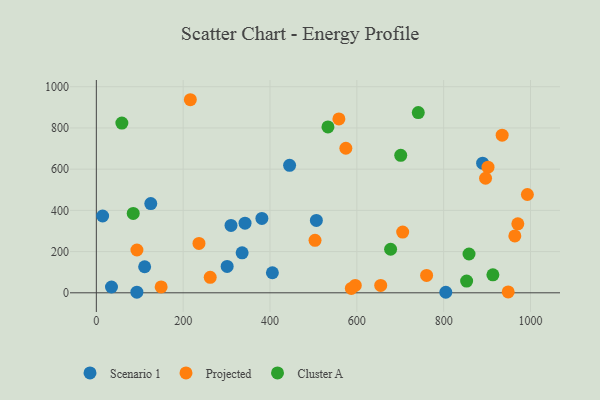
{"axis": {"x": "Study Hours", "y": "Demand"}, "legend": ["Cluster A", "Projected", "Scenario 1"], "data": [{"x": "889.7", "y": 629.2, "type": "Scenario 1"}, {"x": "381.3", "y": 361.2, "type": "Scenario 1"}, {"x": "93.4", "y": 3.0, "type": "Scenario 1"}, {"x": "405.5", "y": 97.4, "type": "Scenario 1"}, {"x": "506.8", "y": 351.5, "type": "Scenario 1"}, {"x": "310.2", "y": 327.1, "type": "Scenario 1"}, {"x": "335.8", "y": 194.2, "type": "Scenario 1"}, {"x": "111.3", "y": 126.4, "type": "Scenario 1"}, {"x": "34.9", "y": 28.3, "type": "Scenario 1"}, {"x": "14.5", "y": 372.8, "type": "Scenario 1"}, {"x": "804.9", "y": 2.6, "type": "Scenario 1"}, {"x": "125.4", "y": 432.9, "type": "Scenario 1"}, {"x": "301.3", "y": 128.2, "type": "Scenario 1"}, {"x": "445.1", "y": 618.7, "type": "Scenario 1"}, {"x": "342.5", "y": 338.0, "type": "Scenario 1"}, {"x": "93.5", "y": 207.7, "type": "Projected"}, {"x": "934.7", "y": 765.2, "type": "Projected"}, {"x": "262.3", "y": 75.0, "type": "Projected"}, {"x": "596.4", "y": 35.9, "type": "Projected"}, {"x": "558.7", "y": 843.9, "type": "Projected"}, {"x": "948.6", "y": 4.4, "type": "Projected"}, {"x": "970.8", "y": 334.6, "type": "Projected"}, {"x": "587.3", "y": 21.3, "type": "Projected"}, {"x": "236.4", "y": 239.6, "type": "Projected"}, {"x": "963.9", "y": 276.2, "type": "Projected"}, {"x": "216.5", "y": 937.1, "type": "Projected"}, {"x": "503.7", "y": 254.9, "type": "Projected"}, {"x": "574.7", "y": 701.5, "type": "Projected"}, {"x": "992.8", "y": 477.1, "type": "Projected"}, {"x": "902.1", "y": 609.7, "type": "Projected"}, {"x": "655.0", "y": 36.0, "type": "Projected"}, {"x": "705.6", "y": 294.8, "type": "Projected"}, {"x": "760.7", "y": 84.4, "type": "Projected"}, {"x": "896.5", "y": 555.9, "type": "Projected"}, {"x": "149.3", "y": 28.7, "type": "Projected"}, {"x": "913.4", "y": 87.4, "type": "Cluster A"}, {"x": "58.8", "y": 824.0, "type": "Cluster A"}, {"x": "741.5", "y": 874.7, "type": "Cluster A"}, {"x": "533.5", "y": 805.3, "type": "Cluster A"}, {"x": "858.4", "y": 188.3, "type": "Cluster A"}, {"x": "85.0", "y": 385.1, "type": "Cluster A"}, {"x": "852.9", "y": 56.9, "type": "Cluster A"}, {"x": "701.1", "y": 667.2, "type": "Cluster A"}, {"x": "677.8", "y": 211.5, "type": "Cluster A"}]}